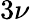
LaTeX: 3\nu